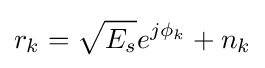
r_{k}={\sqrt {E_{s}}}e^{j\phi _{k}}+n_{k}